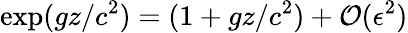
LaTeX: \exp(gz/c^{2})=(1+gz/c^{2})+\mathcal{O}(\epsilon^{2})